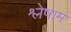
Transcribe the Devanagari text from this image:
श्लेषाम